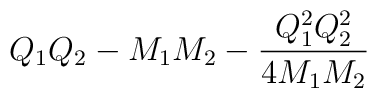
Q_1 Q_2 - M_1M_2 -{Q^2_1 Q^2_2 \over 4M_1M_2}